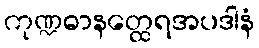
ကုဏ္ဍဓာနတ္ထေရအပဒါနံ